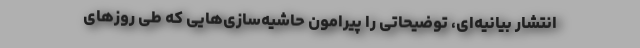
انتشار بیانیه‌ای، توضیحاتی را پیرامون حاشیه‌سازی‌هایی که طی روزهای